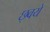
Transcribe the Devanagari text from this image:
छ्वये